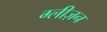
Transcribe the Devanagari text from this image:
ग्लीज़न